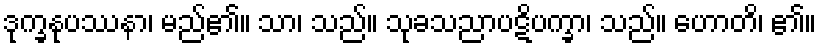
ဒုက္ခနုပဿနာ၊ မည်၏။ သာ၊ သည်။ သုခသညာပဋိပက္ခာ၊ သည်။ ဟောတိ၊ ၏။